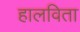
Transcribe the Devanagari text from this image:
हालविता